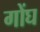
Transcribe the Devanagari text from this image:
गोंघ